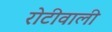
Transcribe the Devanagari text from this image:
रोटीवाली